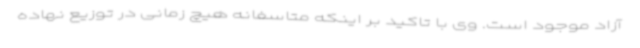
آزاد موجود است. وی با تاکید بر اینکه متاسفانه هیچ زمانی در توزیع نهاده